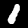
Digit: 1